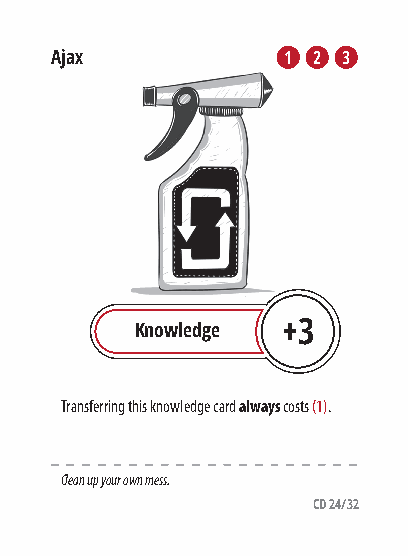
Ajax            1 2 3
 Knowledge +3
 Transferring this knowledge card always costs (1).
 Clean up your own mess.
 CD 24/32